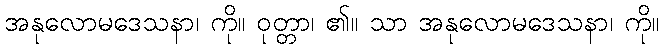
အနုလောမဒေသနာ၊ ကို။ ဝုတ္တာ၊ ၏။ သာ အနုလောမဒေသနာ၊ ကို။